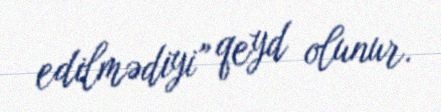
edilmədiyi” qeyd olunur.